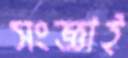
সংজ্ঞাই